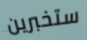
ستخبرين